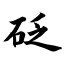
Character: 砭